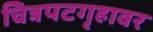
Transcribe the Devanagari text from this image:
चित्रपटगृहावर